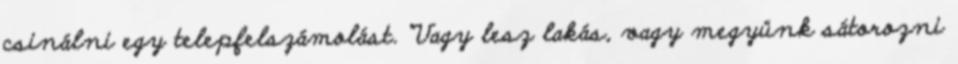
csinálni egy telepfelszámolást. “Vagy lesz lakás, vagy megyünk sátorozni